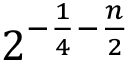
2 ^ { - { \frac { 1 } { 4 } } - { \frac { n } { 2 } } }